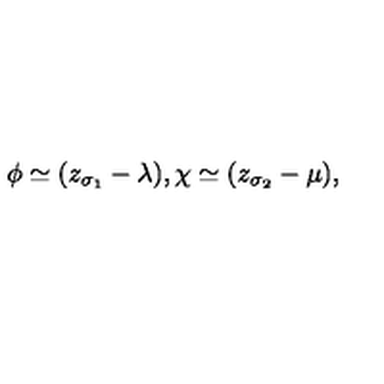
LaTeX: \phi \simeq ( z _ { \sigma _ { 1 } } - \lambda ) , \chi \simeq ( z _ { \sigma _ { 2 } } - \mu ) ,